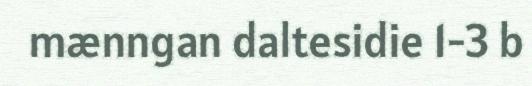
mænngan daltesidie 1-3 b